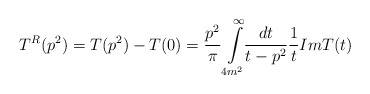
\begin{align*}T^{R}(p^{2}) = T(p^{2}) - T(0) = \frac{p^{2}}{\pi} \int\limits^{\infty}_{4m^{2}}\!\!\frac{dt}{t-p^{2}} \frac{1}{t}Im T(t)\end{align*}